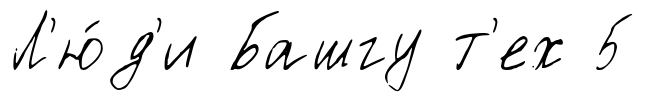
Л'ю́д'и Башгу т'ех 5